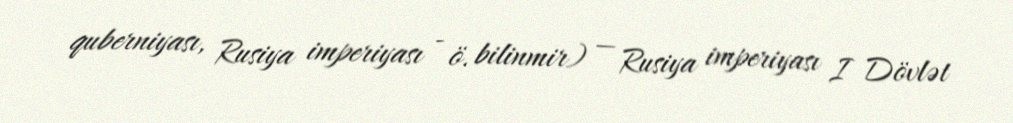
quberniyası, Rusiya imperiyası - ö. bilinmir) — Rusiya imperiyası I Dövlət